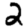
Digit: 2